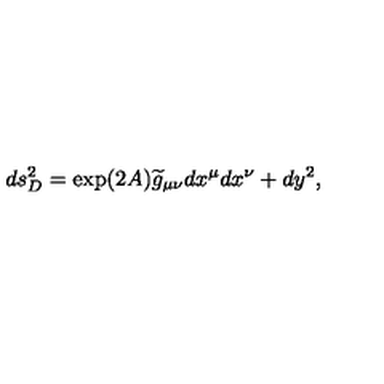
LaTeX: d s _ { D } ^ { 2 } = \exp ( 2 A ) { \widetilde g } _ { \mu \nu } d x ^ { \mu } d x ^ { \nu } + d y ^ { 2 } ,